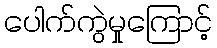
ပေါက်ကွဲမှုကြောင့်